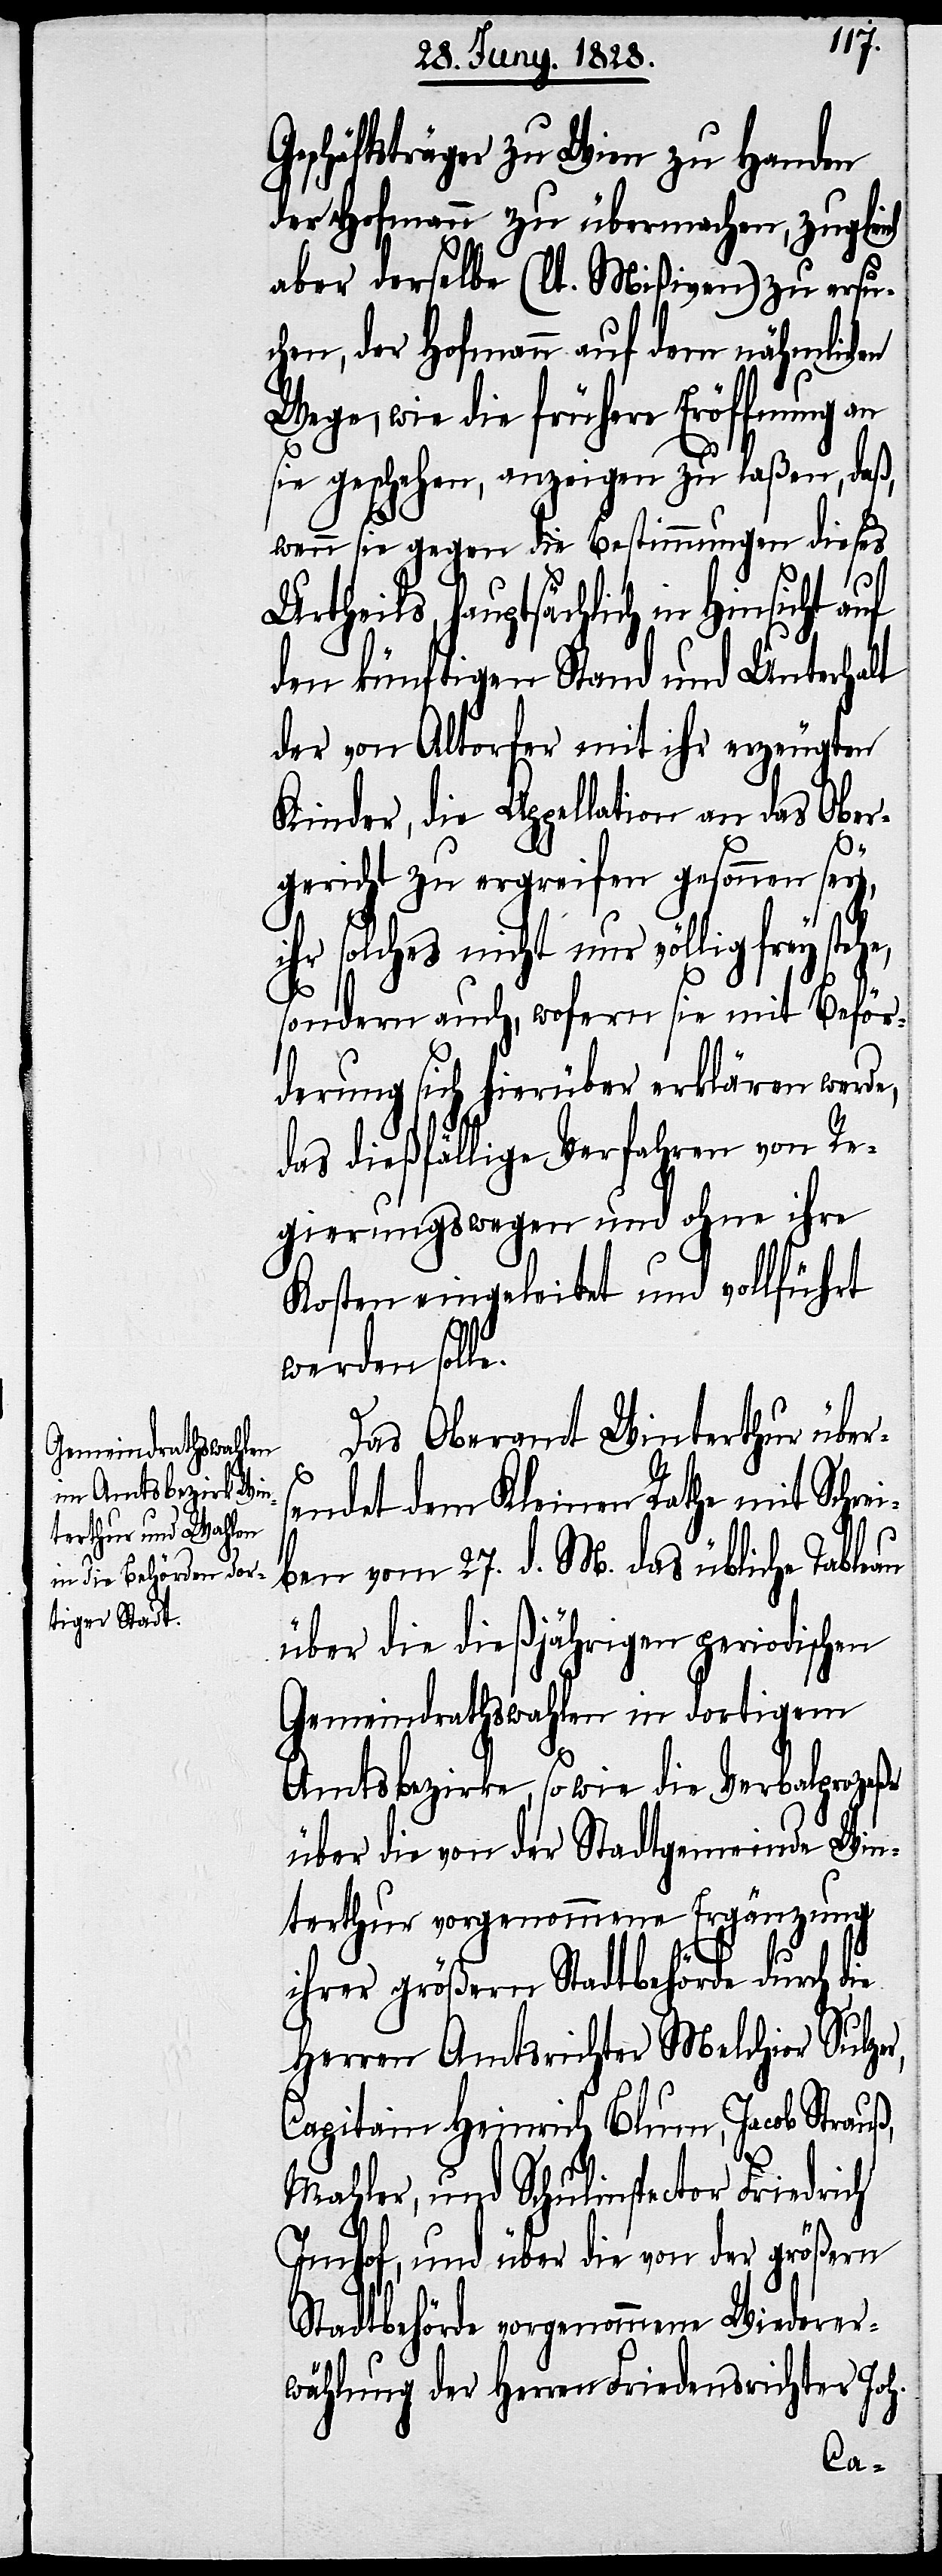
Geschäftsträger zu Wien zu Handen
der Hofmann zu übermachen, zugleich
aber derselbe (lt. Mißiven) zu ersu¬
chen, der Hofmann auf dem nähmlichen
Wege, wie die frühere Eröffnung an
sie geschehen, anzeigen zu laßen, daß,
wenn sie gegen die Bestimmungen dieses
Urtheils, hauptsächlich in Hinsicht auf
den künftigen Stand und Unterhalt
der von Altorfer mit ihr erzeugten
Kinder, die Appellation an das Ober¬
e.
gericht zu ergreifen gesonnen sey,
ihr solches nicht nur völlig frey steh¬
sondern auch, wofern sie mit Beför¬
derung sich hierüber erklären werde,
das dießfällige Verfahren von Re¬
gierungswegen und ohne ihre
Kosten eingeleitet und vollführt
werden soll¬
Das Oberamt Winterthur über¬
sendet dem Kleinen Rathe mit Schrei¬
ben vom 27. d. M. das übliche Tableau
über die dießjährigen periodischen
Gemeindrathswahlen in dortigem
Amtsbezirke, so wie die Verbalprozeße
über die von der Stadtgemeinde Win¬
terthur vorgenommene Ergänzung
ihrer größern Stadtbehörde durch die
Herren Amtsrichter Melchior Sulze¬
Capitain Heinrich Blum, Jacob Strauß,
r,
Mahler, und Schulinspector Friedrich
Imhof, und über die von der größern
Stadtbehörde vorgenommene Wiederer¬
wählung der Herren Friedensrichter Joh.